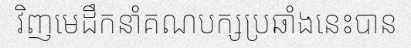
វិញមេដឹកនាំគណបក្សប្រឆាំងនេះបាន